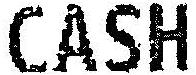
CASH